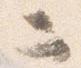
二